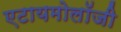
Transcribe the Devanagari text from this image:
एटायमोलॉजी